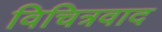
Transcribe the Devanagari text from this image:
विचित्रवाद